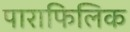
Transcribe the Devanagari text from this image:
पाराफिलिक